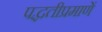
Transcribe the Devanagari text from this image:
पद्धतीप्रमाणें